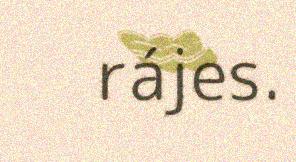
rájes.